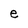
Character: e